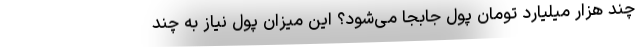
چند هزار میلیارد تومان پول جابجا می‌شود؟ این میزان پول نیاز به چند